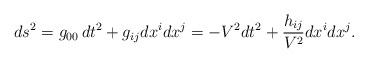
\begin{align*}ds\sp2 = g_{00}\, dt\sp2 +g_{ij}dx\sp{i} dx\sp{j}=-V\sp2 dt\sp2 +\frac{h_{ij}}{V\sp2}dx\sp{i} dx\sp{j}.\end{align*}